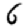
Digit: 6